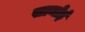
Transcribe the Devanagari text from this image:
सामोई